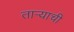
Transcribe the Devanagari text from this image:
ताऱ्‍याची